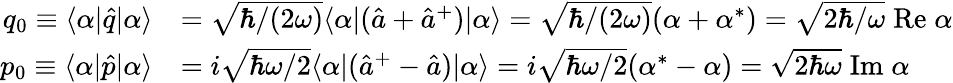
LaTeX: \begin{array}{rl}{q_{0}\equiv\langle\alpha|\hat{q}|\alpha\rangle}&{=\sqrt{\hbar/(2\omega)}\langle\alpha|(\hat{a}+\hat{a}^{+})|\alpha\rangle=\sqrt{\hbar/(2\omega)}(\alpha+\alpha^{*})=\sqrt{2\hbar/\omega}\mathrm{\; Re}\; \alpha}\\ {p_{0}\equiv\langle\alpha|\hat{p}|\alpha\rangle}&{=i\sqrt{\hbar\omega/2}\langle\alpha|(\hat{a}^{+}-\hat{a})|\alpha\rangle=i\sqrt{\hbar\omega/2}(\alpha^{*}-\alpha)=\sqrt{2\hbar\omega}\mathrm{\; Im}\; \alpha}\end{array}